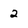
Character: 2